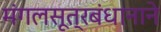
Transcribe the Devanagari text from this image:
मंगलसूत्रबंधानाने